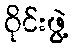
ဝိုင်းဖွဲ့